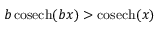
b \, \mathrm { c o s e c h } ( b x ) > \mathrm { c o s e c h } ( x )